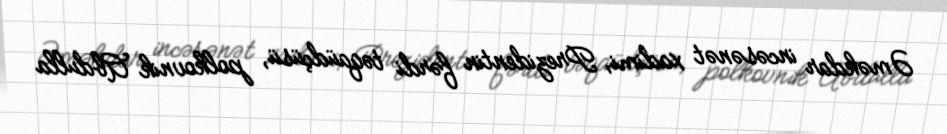
Əməkdar incəsənət xadimi, Prezidentin fərdi təqaüdçüsü, polkovnik Abdulla